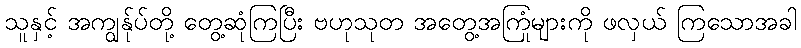
သူနှင့် အကျွန်ုပ်တို့ တွေ့ဆုံကြပြီး ဗဟုသုတ အတွေ့အကြုံများကို ဖလှယ် ကြသောအခါ